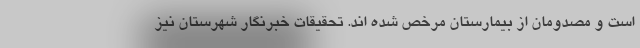
است و مصدومان از بیمارستان مرخص شده اند. تحقیقات خبرنگار شهرستان نیز